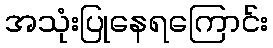
အသုံးပြုနေရကြောင်း